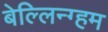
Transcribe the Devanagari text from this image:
बेल्लिन्ग्हम